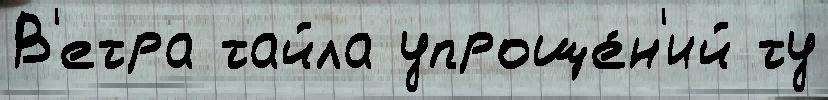
В'етра тайла упроще́н'ий ту